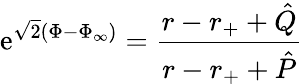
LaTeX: \mathrm{e}^{\sqrt{2}(\Phi-\Phi_{\infty})}={\frac{r-r_{+}+\hat{Q}}{r-r_{+}+\hat{P}}}